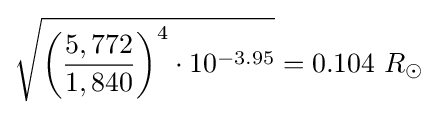
{\sqrt {{\biggl (}{\frac {5,772}{1,840}}{\biggr )}^{4}\cdot 10^{-3.95}}}=0.104\ R_{\odot }